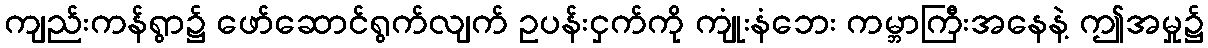
ကျည်းကန်ရွာ၌ ဖော်ဆောင်ရွက်လျက် ဥပန်းငှက်ကို ကျုံးနံဘေး ကမ္ဘာကြီးအနေနဲ့ ဤအမှု၌